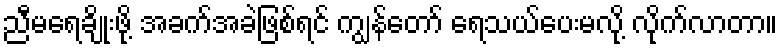
ညီမရေချိုးဖို့ အခက်အခဲဖြစ်ရင် ကျွန်တော် ရေသယ်ပေးမလို့ လိုက်လာတာ။